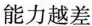
能力越差